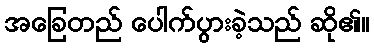
အခြေတည် ပေါက်ပွားခဲ့သည် ဆို၏။